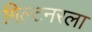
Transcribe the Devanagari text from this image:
गिल्टनरला